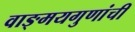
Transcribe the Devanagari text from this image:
वाङ्‌मयगुणांची